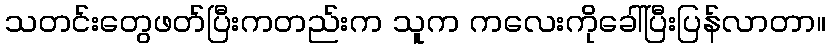
သတင်းတွေဖတ်ပြီးကတည်းက သူက ကလေးကိုခေါ်ပြီးပြန်လာတာ။